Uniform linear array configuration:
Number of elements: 12
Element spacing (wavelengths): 0.5
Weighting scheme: hann
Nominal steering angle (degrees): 30
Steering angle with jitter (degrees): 31.38
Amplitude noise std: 0.05
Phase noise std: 0.05

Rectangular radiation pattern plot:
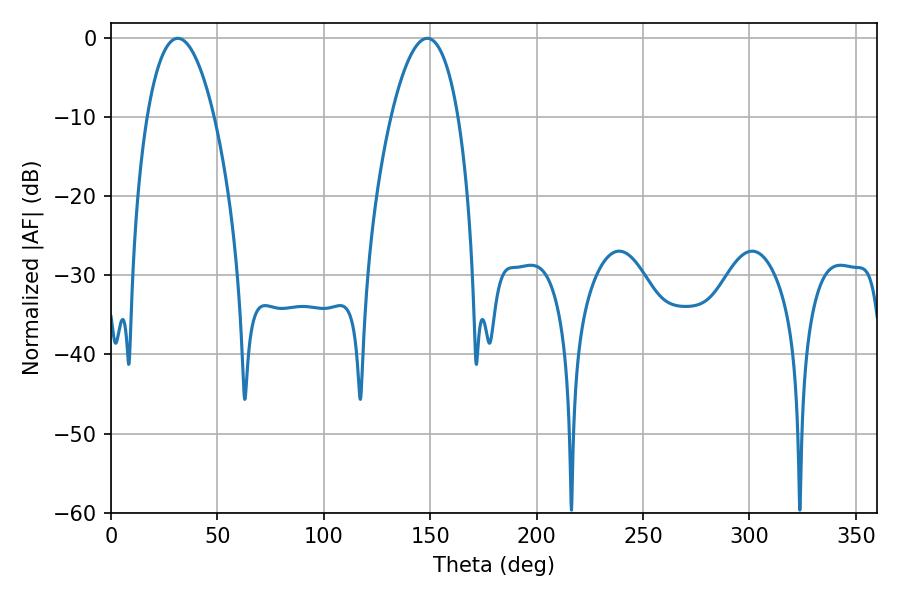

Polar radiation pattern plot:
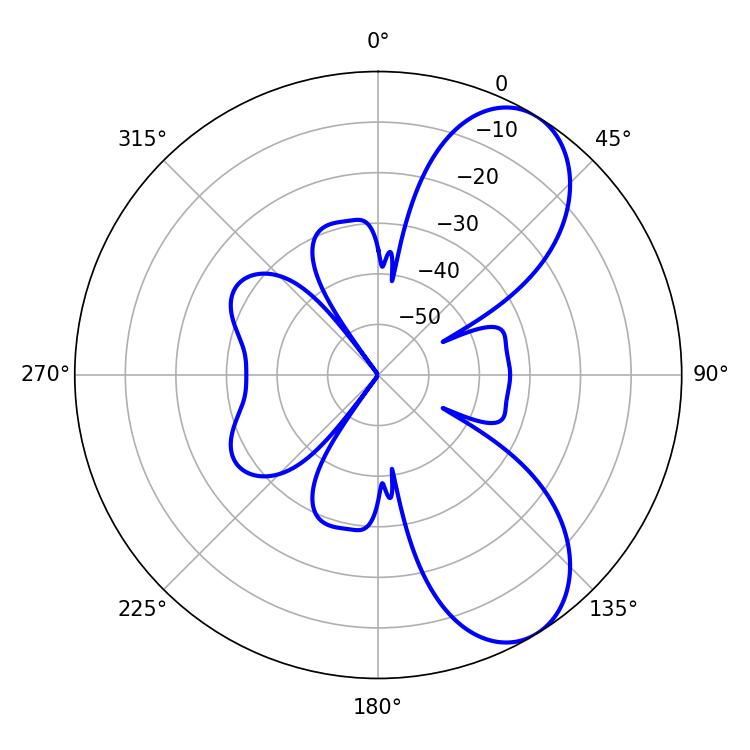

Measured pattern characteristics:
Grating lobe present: FALSE
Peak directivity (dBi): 7.664
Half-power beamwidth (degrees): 17.46
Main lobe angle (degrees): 31.32